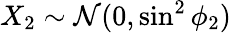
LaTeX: X_{2}\sim\mathcal{N}(0,\sin^{2}\phi_{2})